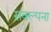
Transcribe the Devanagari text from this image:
सक्ल्पना